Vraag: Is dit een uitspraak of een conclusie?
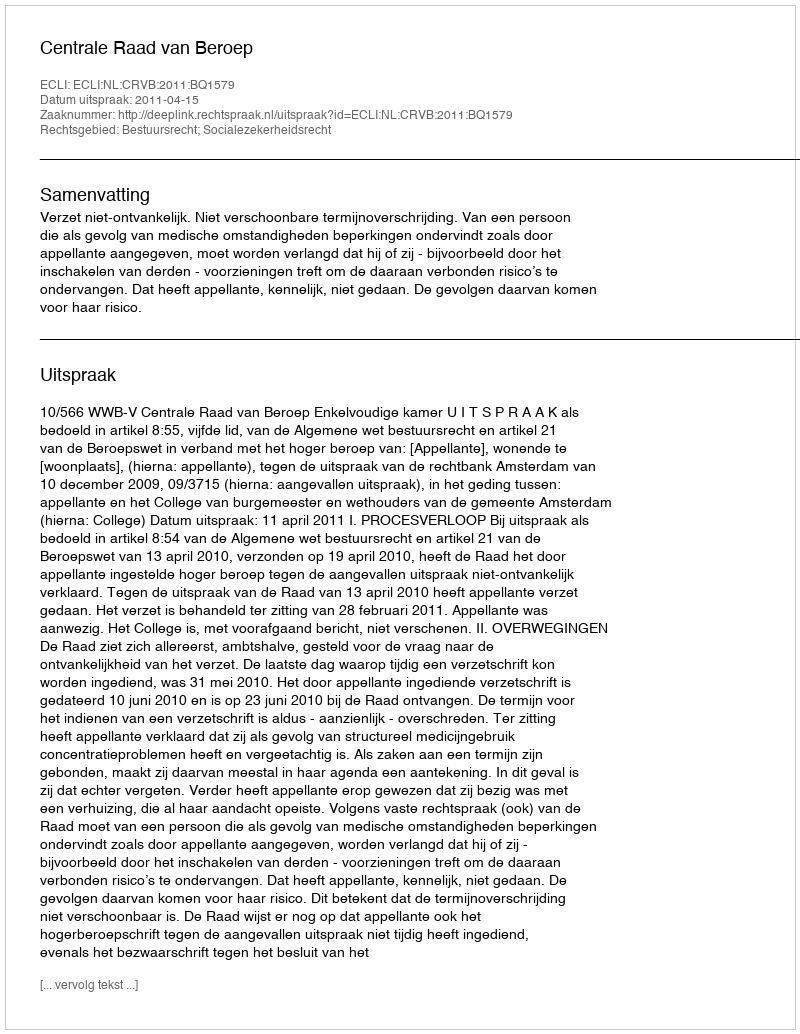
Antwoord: Uitspraak